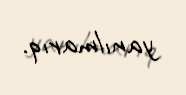
yanılmarıq.